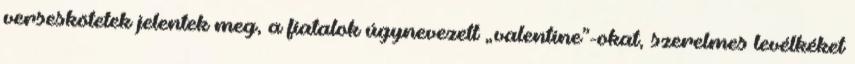
verseskötetek jelentek meg, a fiatalok úgynevezett „valentine”-okat, szerelmes levélkéket